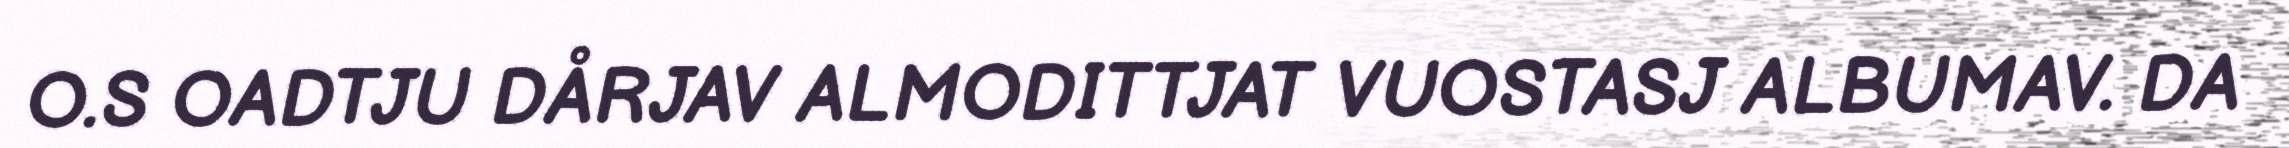
O.S OADTJU DÅRJAV ALMODITTJAT VUOSTASJ ALBUMAV. DA